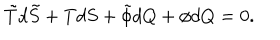
\tilde { T } d \tilde { S } + T d S + \tilde { \phi } d Q + \phi d Q = 0 .